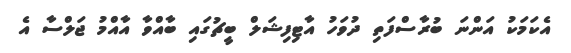
އެކަމަކު އަންނަ ބުރާސްފަތި ދުވަހު އާޓިފިޝަލް ބީޗުގައި ބާއްވާ އާއްމު ޖަލްސާ އެ